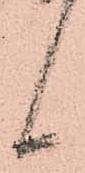
候